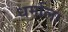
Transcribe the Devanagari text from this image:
धर्मांला